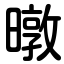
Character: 暾